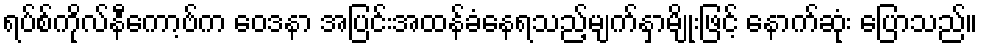
ရပ်စ်ကိုလ်နီကော့ဗ်က ဝေဒနာ အပြင်းအထန်ခံနေရသည့်မျက်နှာမျိုးဖြင့် နောက်ဆုံး ပြောသည်။